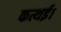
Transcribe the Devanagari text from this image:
कत्थई।